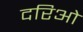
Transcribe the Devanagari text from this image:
दरिओ